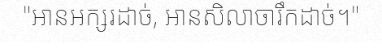
"អានអក្សរដាច់, អានសិលាចារឹកដាច់។"